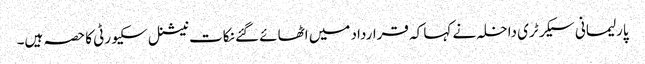
پارلیمانی سیکرٹری داخلہ نے کہا کہ قرارداد میں اٹھائے گئے نکات نیشنل سکیورٹی کا حصہ ہیں۔